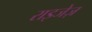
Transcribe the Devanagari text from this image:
राइजेज़